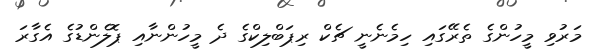
މަރުވި މީހުންގެ ތެރޭގައި ހިމެނެނީ ޗެކް ރިޕަބްލިކްގެ ދެ މީހުންނާއި ޕޮލެންޑުގެ އެގާރަ